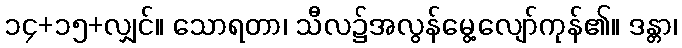
၁၄+၁၅+လျှင်။ သောရတာ၊ သီလ၌အလွန်မွေ့လျော်ကုန်၏။ ဒန္တာ၊